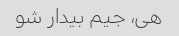
هی، جیم بیدار شو